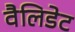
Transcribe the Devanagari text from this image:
वैलिडेट